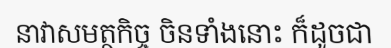
នាវាសមត្ថកិច្ច ចិនទាំងនោះ ក៏ដូចជា